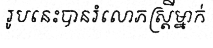
រូបនេះបានរំលោភស្ត្រីម្នាក់